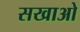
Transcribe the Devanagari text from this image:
सखाओ